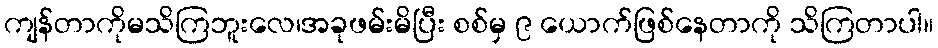
ကျန်တာကိုမသိကြဘူးလေ၊အခုဖမ်းမိပြီး စစ်မှ ၉ ယောက်ဖြစ်နေတာကို သိကြတာပါ။